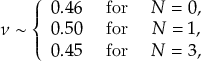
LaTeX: \nu \sim \left\{ \begin{array} { c c c } { { 0 . 4 6 } } & { { \mathrm { ~ f o r ~ } } } & { { N = 0 , } } \\ { { 0 . 5 0 } } & { { \mathrm { ~ f o r ~ } } } & { { N = 1 , } } \\ { { 0 . 4 5 } } & { { \mathrm { ~ f o r ~ } } } & { { N = 3 , } } \end{array} \right.